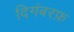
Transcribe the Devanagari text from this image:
दिगंबरफ़